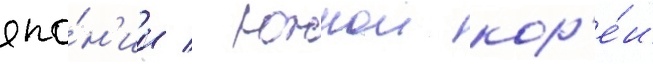
япо́н'ии / южнои кор'е́и